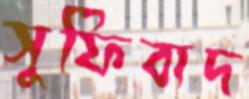
সুফিবাদ